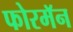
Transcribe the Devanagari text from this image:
फोरमॅन